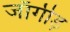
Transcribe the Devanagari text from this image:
जाँगीड़